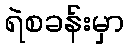
ရဲစခန်းမှာ